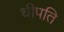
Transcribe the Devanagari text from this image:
धीपति